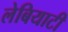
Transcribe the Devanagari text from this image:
लेबियाटी